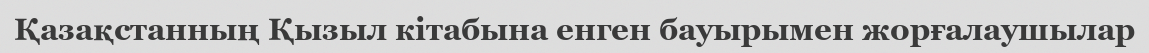
Қазақстанның Қызыл кітабына енген бауырымен жорғалаушылар